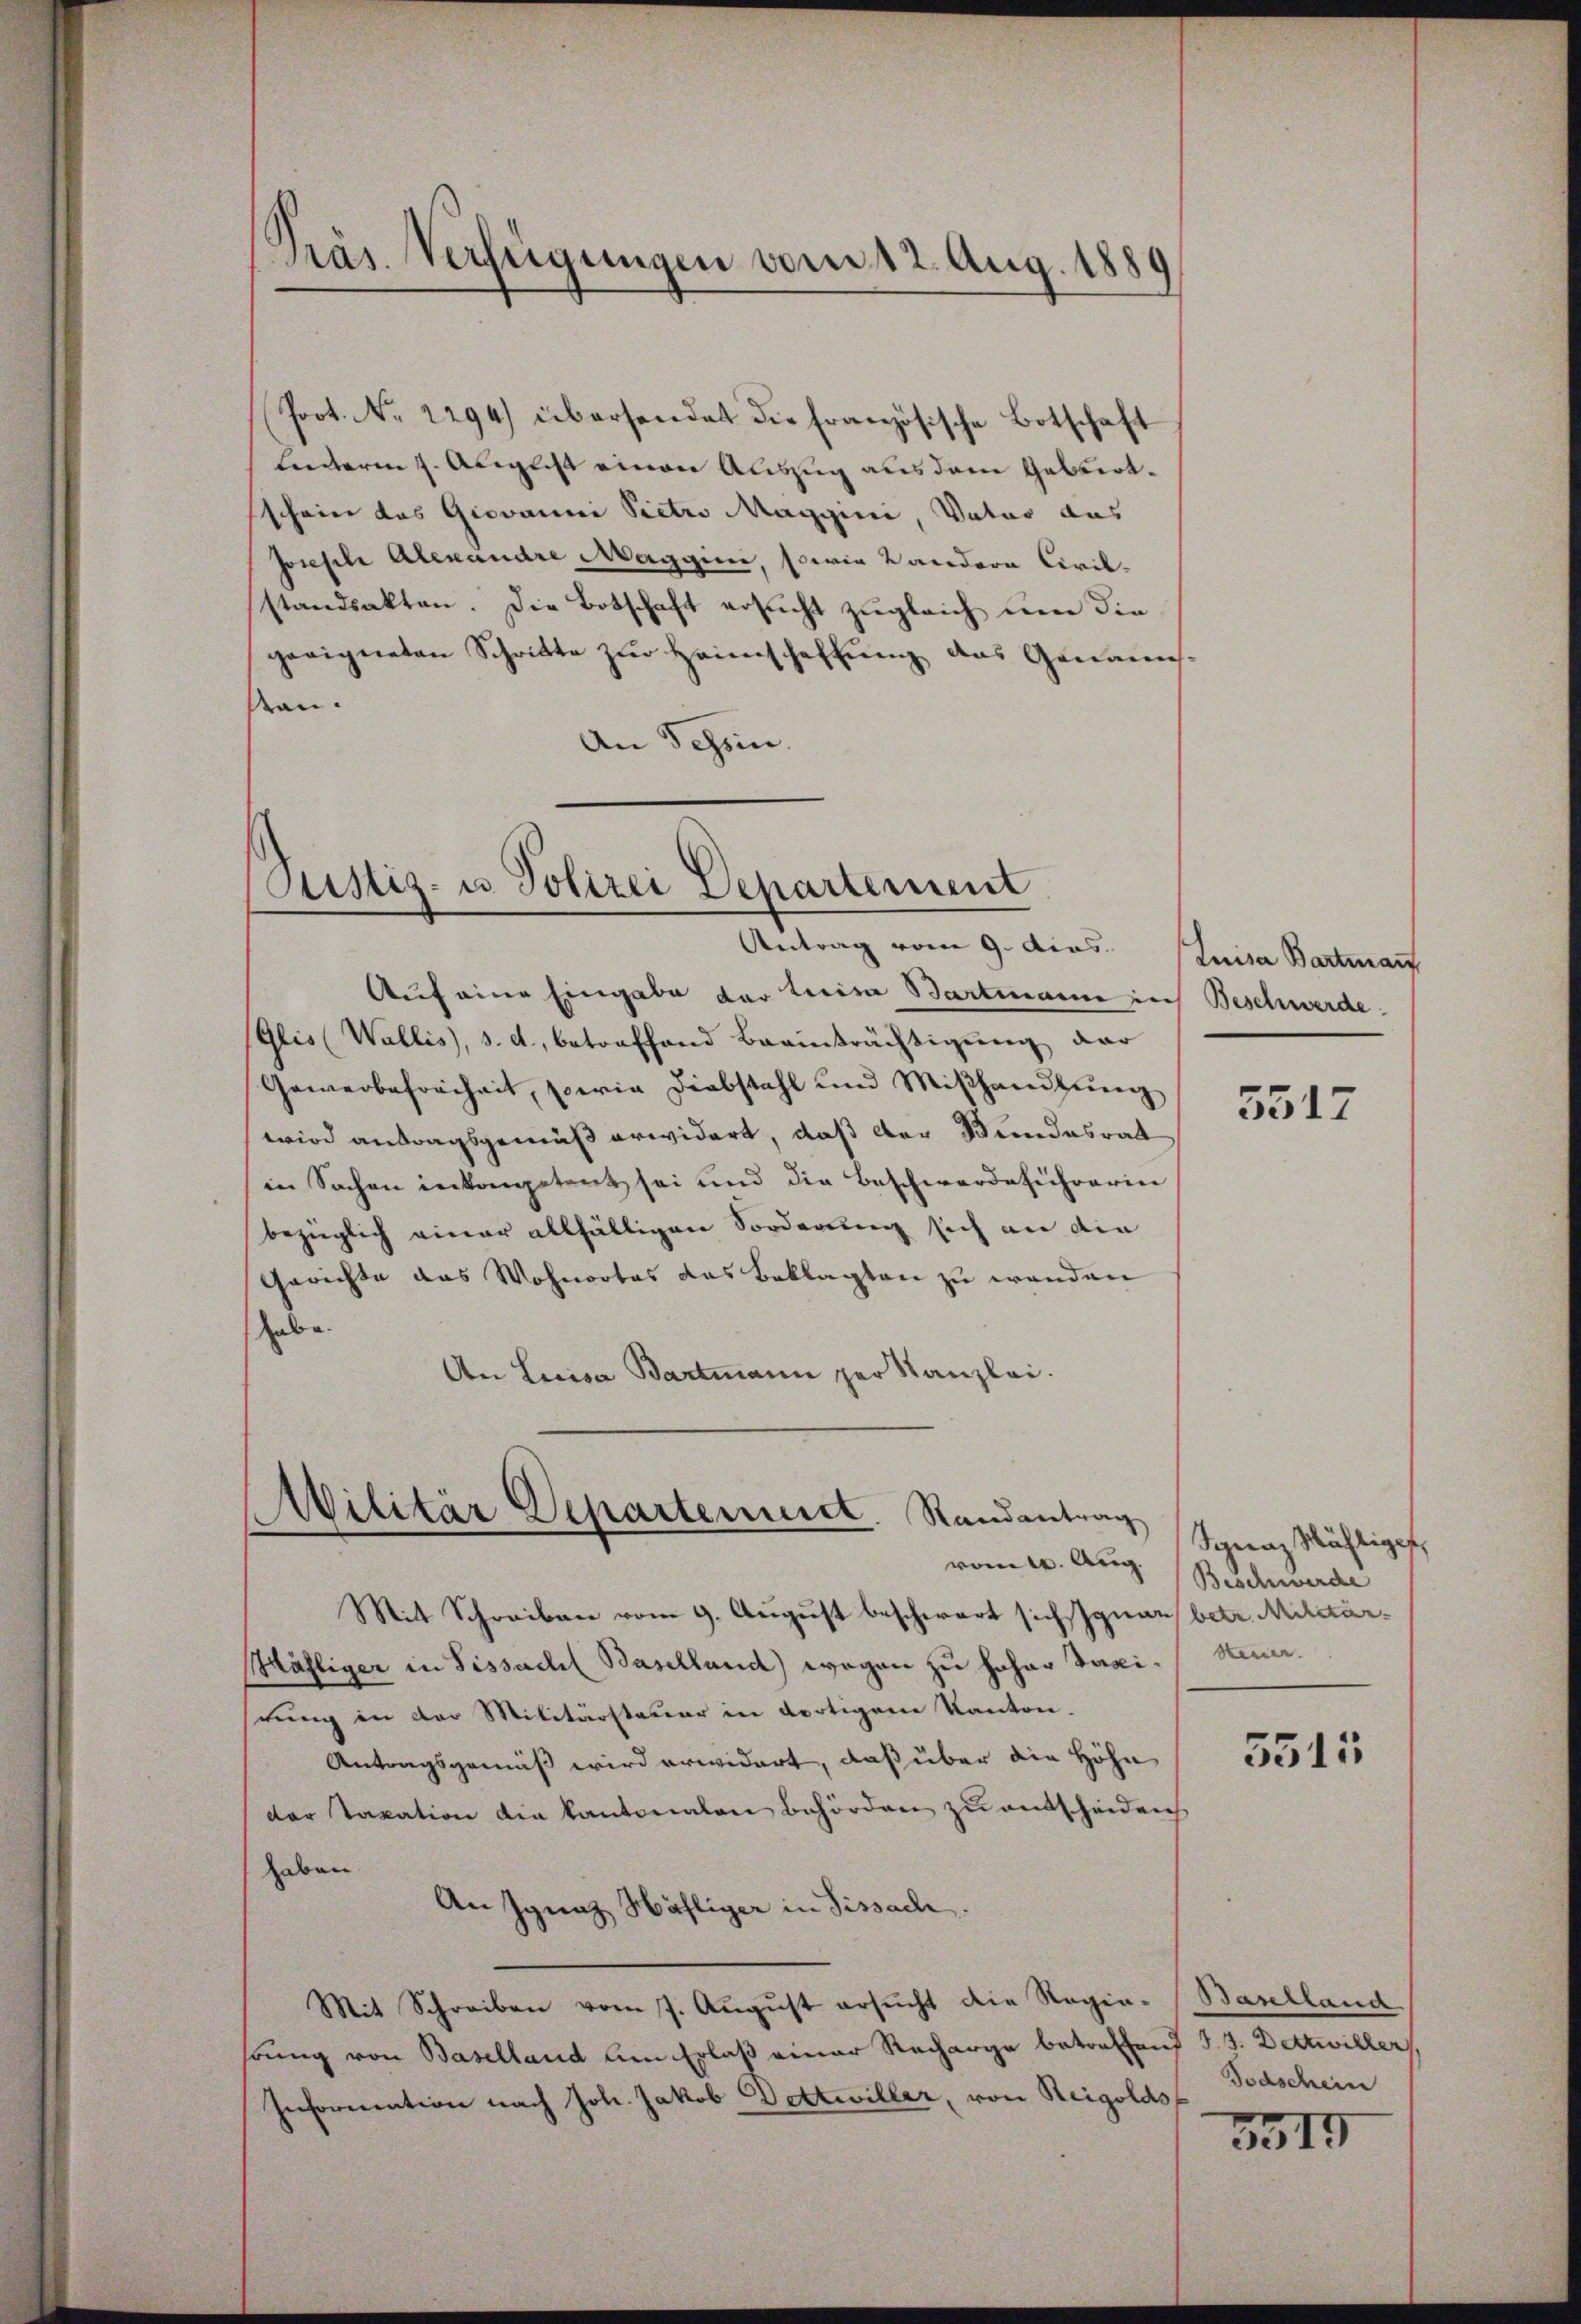
Poot. No. 2294) übersendet die französische Botschaft
Lanteren 7. August einen Auszug aus dem Geburtschein das Giovanni Pietro Maggini, Vater das
Joseph Alexandre Maggine, sowie Landern Civil
standsakten. Die Botschaft ersucht zugleich um die
geeigneten Schritte zŭr Heimschaffŭng das Genanns-
san.
An Schein.

Präs. Verfügungen vom 12. Aug. 1889
¬

Auf eine Eingabe der Luisa Bartmann in Beschwerde
(Glis (Wallis, s. a., betreffend Brainträchtigung dar
Gewerbefreiheit, sowie Diebstahl und Miβhandlung
wird antragsgemäß erwidert, daß der Bundesrat
in Sachen inkompetent sei und die Beschwerdeführerin
bezüglich einer allfälligen Forderung sich an die
Gerichte das Wohnortes das Beklagten zu wenden
habe.
An Licisa Bartmann per Kanzlei.

Justiz- u Polizei Departement
Antrag vom 9. dies.

Militär Departemeist. Randantrag
vom 16. Aug.

Mit Schreiben vom 9. August beschwart sich Ignaz betr. Militär¬
Mähliger in Sissach Baselland) wegen zu hoher Taxi-Steuer.
rung in der Militärsteuer in dortigene Kanton.
Antragsgemäß wird erwidert, daß über die Höhe
der Taxation die kantonalen Behörden zu entscheiden
haben
An Ignaz Häfliger in Pissach
Mit Schreiben vom 7. Aŭgŭst ersŭcht die Regie-
höung von Baselland am Erlaß einer Recharge betreffend J. J. Dettwiller,
Information nach Joh. Jakob Dottwiller, von Reigolds Todschein

Luisa Bartmann

3517

Ignaz Mähliget
Beschwerde

5511

Baselland

5317